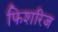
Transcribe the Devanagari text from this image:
फिशरिज